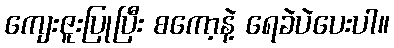
ကျေးဇူးပြုပြီး စကော့နဲ့ ရေခဲပဲပေးပါ။